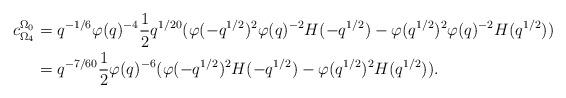
LaTeX: \begin{align*} c_{\Omega_4}^{\Omega_0} &= q^{-1/6}\varphi(q)^{-4}\dfrac{1}{2}q^{1/20}(\varphi(-q^{1/2})^2\varphi(q)^{-2}H(-q^{1/2})-\varphi(q^{1/2})^2\varphi(q)^{-2}H(q^{1/2}))\\ &= q^{-7/60}\dfrac{1}{2}\varphi(q)^{-6}(\varphi(-q^{1/2})^2H(-q^{1/2})-\varphi(q^{1/2})^2H(q^{1/2})).\end{align*}